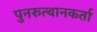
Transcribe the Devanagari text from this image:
पुनरुत्थानकर्ता